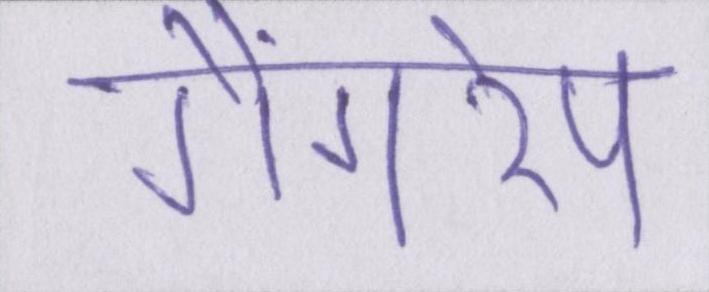
गैंगरेप